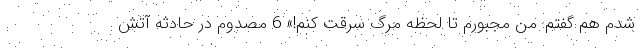
شدم هم گفتم: من مجبورم تا لحظه مرگ سرقت کنم!» 6 مصدوم در حادثه آتش